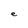
Character: e